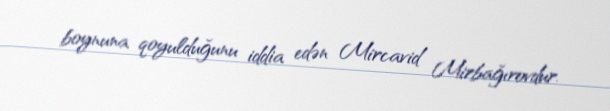
boynuna qoyulduğunu iddia edən Mircavid Mirbağırovdur.